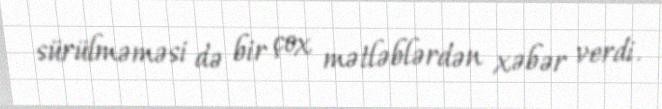
sürülməməsi də bir çox mətləblərdən xəbər verdi.